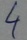
Text: 4